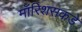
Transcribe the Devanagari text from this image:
मॉरिशसकडे